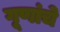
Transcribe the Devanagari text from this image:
गूणांचे